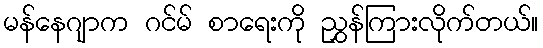
မန်နေဂျာက ဂင်မ် စာရေးကို ညွှန်ကြားလိုက်တယ်။